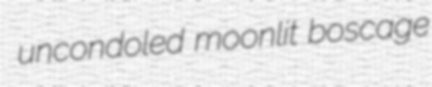
uncondoled moonlit boscage